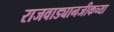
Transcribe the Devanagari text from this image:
राजवाड्यानजीकच्या